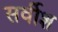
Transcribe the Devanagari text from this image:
सर्वीश